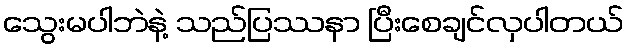
သွေးမပါဘဲနဲ့ သည်ပြဿနာ ပြီးစေချင်လှပါတယ်